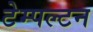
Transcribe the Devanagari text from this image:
टेम्पल्टन